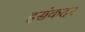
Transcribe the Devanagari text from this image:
इसंकदर